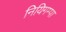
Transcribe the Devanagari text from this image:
नियिगम्‍पा